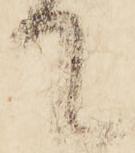
て